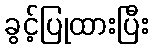
ခွင့်ပြုထားပြီး